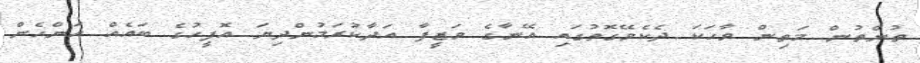
ތުންތުން މަތިން ވާހަކަ ދެކެވޭގޮތުގައި އޭނާގެ ވަޒީފާ އަދާކުރަމުންދިޔަ އޮފީހުގެ ބައެއް އަންހެން